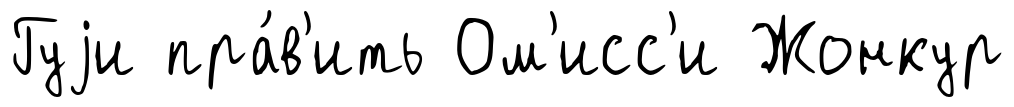
Гуjи пра́в'ить Ом'исс'и Жонкур